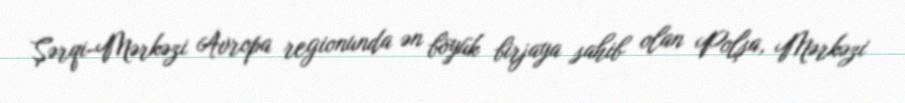
Şərqi-Mərkəzi Avropa regionunda ən böyük birjaya sahib olan Polşa, Mərkəzi